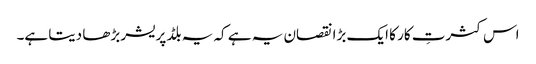
اس کثرتِ کار کا ایک بڑا نقصان یہ ہے کہ یہ بلڈ پریشر بڑھا دیتا ہے۔